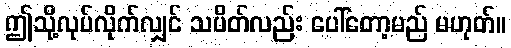
ဤသို့လုပ်လိုက်လျှင် သပိတ်လည်း ပေါ်တော့မည် မဟုတ်။